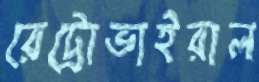
রেট্রোভাইরাল